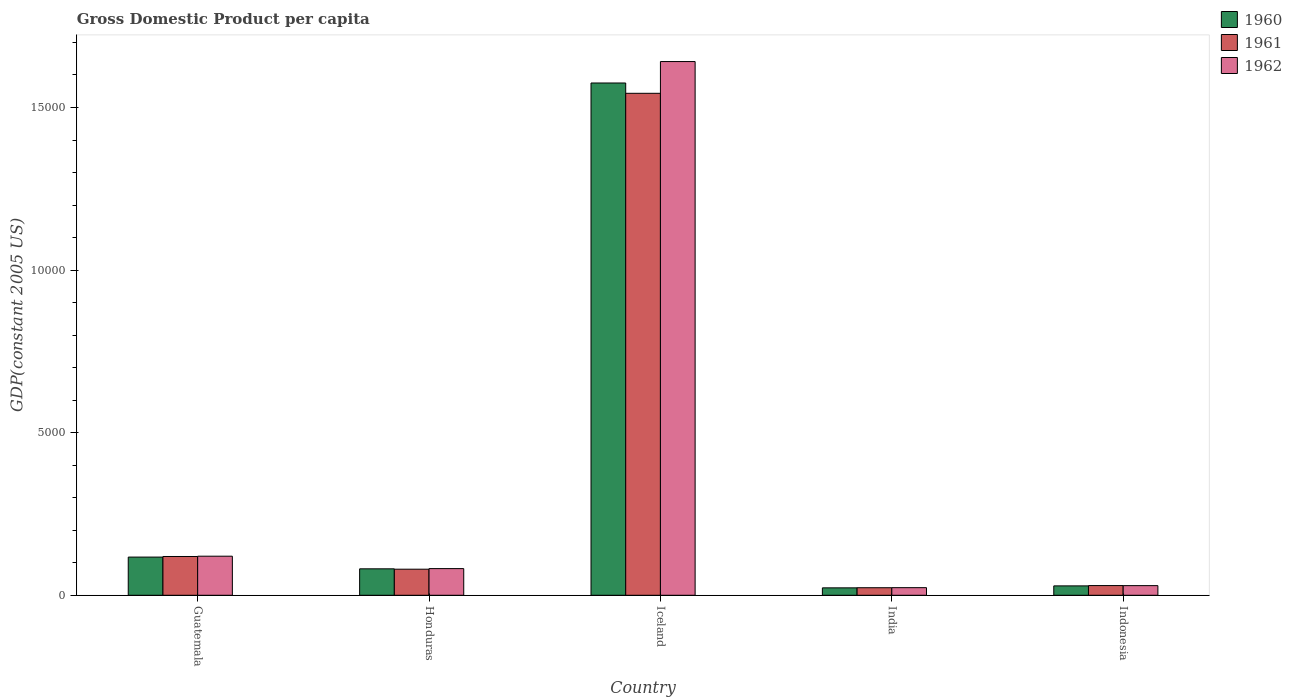
| Country | 1960 | 1961 | 1962 |
 | --- | --- | --- | --- |
 | Guatemala | 1.17e+03 | 1.19e+03 | 1.2e+03 |
 | Honduras | 813 | 802 | 820 |
 | Iceland | 1.58e+04 | 1.54e+04 | 1.64e+04 |
 | India | 228 | 232 | 234 |
 | Indonesia | 289 | 299 | 296 |